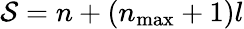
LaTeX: \mathcal{S}=n+(n_{\mathrm{{max}}}+1)l